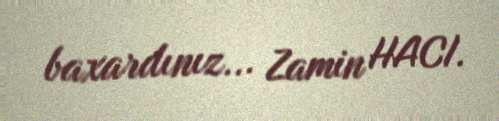
baxardınız... Zamin HACI.